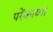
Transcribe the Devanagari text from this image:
परेंकाय्मा